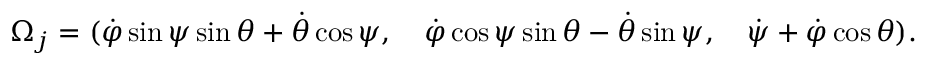
\begin{array} { r } { \Omega _ { j } = ( \dot { \varphi } \sin \psi \sin \theta + \dot { \theta } \cos \psi , \quad \dot { \varphi } \cos \psi \sin \theta - \dot { \theta } \sin \psi , \quad \dot { \psi } + \dot { \varphi } \cos \theta ) . } \end{array}